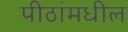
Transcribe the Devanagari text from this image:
पीठांमधील